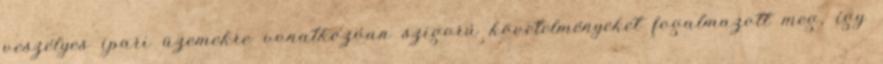
veszélyes ipari üzemekre vonatkozóan szigorú követelményeket fogalmazott meg, így